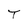
Character: T